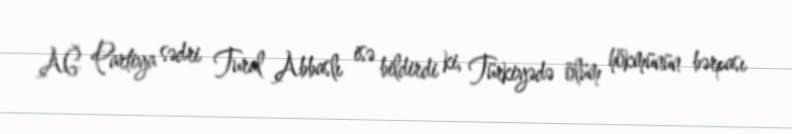
AĞ Partiya sədri Tural Abbaslı isə bildirdi ki, Türkiyədə ölüm hökmünün bərpası